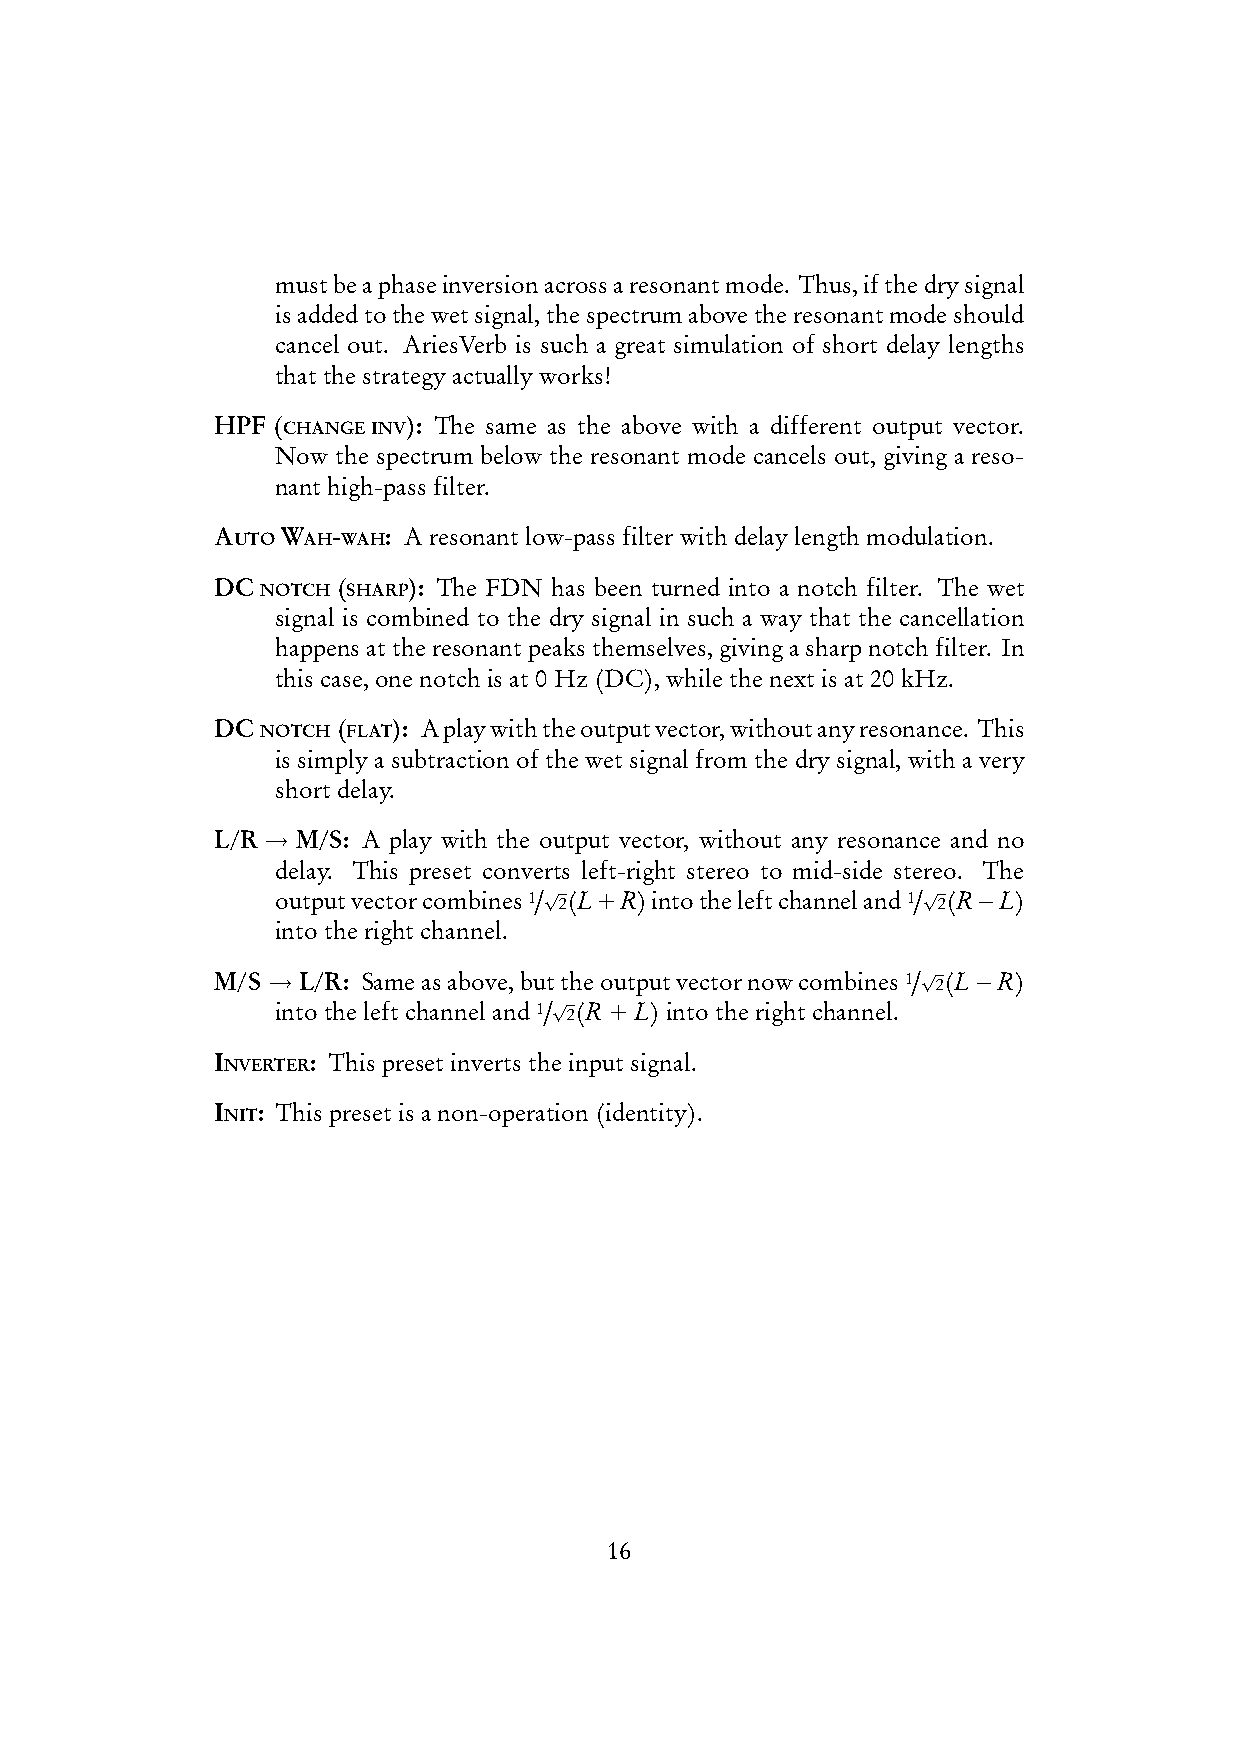
mustbeaphaseinversionacrossaresonantmode. Thus,ifthedrysignal
 isaddedtothewetsignal,thespectrumabovetheresonantmodeshould
 cancel out. AriesVerb is such a great simulation of short delay lengths
 thatthestrategyactuallyworks!
 HPF(CHANGEINV): The same as the above with a different output vector.
 Now the spectrum below the resonant mode cancels out, giving a reso›
 nanthigh›passfilter.
 AUTOWAH›WAH: Aresonantlow›passfilterwithdelaylengthmodulation.
 DCNOTCH(SHARP): The FDN has been turned into a notch filter. The wet
 signal is combined to the dry signal in such a way that the cancellation
 happensattheresonantpeaksthemselves,givingasharpnotchfilter. In
 thiscase,onenotchisat0Hz(DC),whilethenextisat20kHz.
 DCNOTCH(FLAT): Aplaywiththeoutputvector,withoutanyresonance. This
 is simply a subtraction of the wet signal from the dry signal, with a very
 shortdelay.
 L/R→M/S:  A play with the output vector, without any resonance and no
 delay. This preset converts left›right stereo to mid›side stereo. The
 outputvectorcombines1/√ 2(L+R)intotheleftchanneland1/√
 2(R−L)
 intotherightchannel.
 M/S→L/R:
 Sameasabove,buttheoutputvectornowcombines1/√
 2(L−R)
 /√
 intotheleftchanneland1 2(R+L)intotherightchannel.
 INVERTER: Thispresetinvertstheinputsignal.
 INIT: Thispresetisanon›operation(identity).
 16